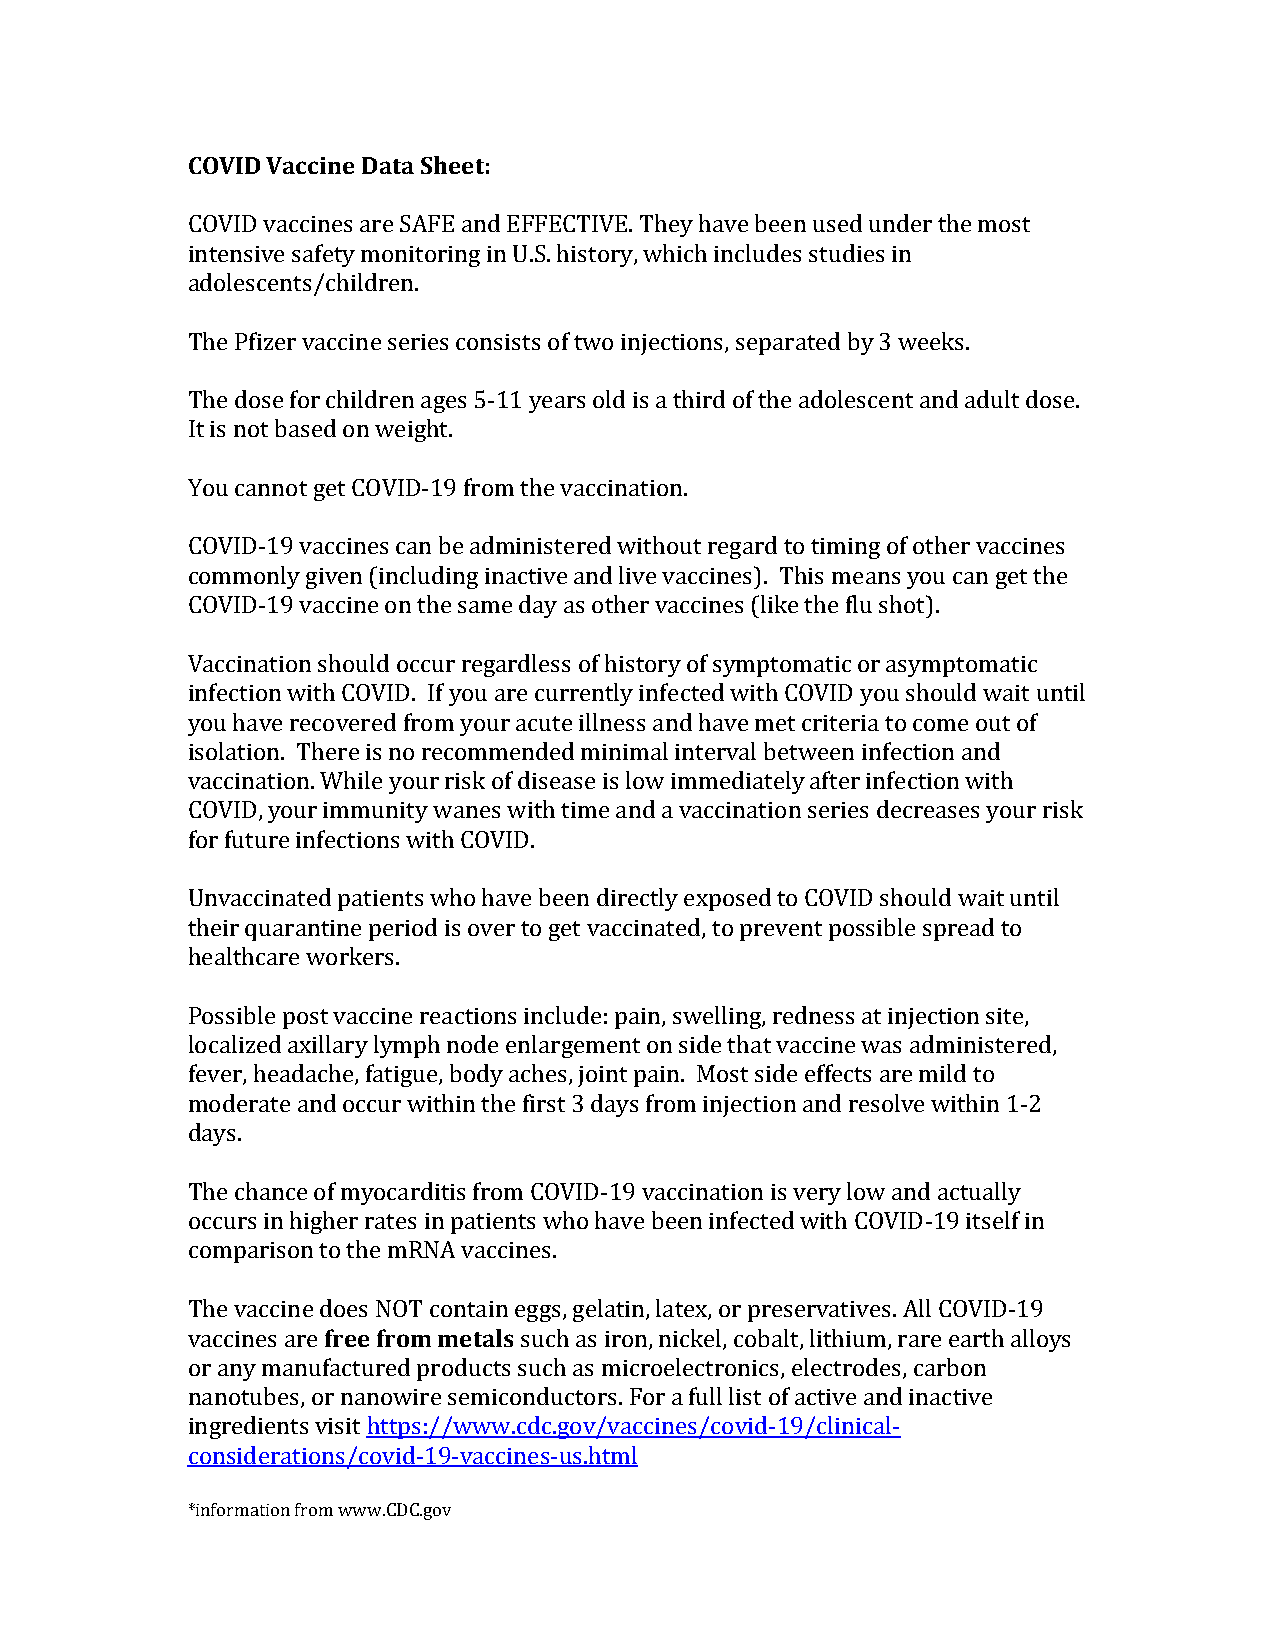
COVID Vaccine Data Sheet:
 COVID vaccines are SAFE and EFFECTIVE. They have been used under the most
 intensive safety monitoring in U.S. history, which includes studies in
 adolescents/children.
 The Pfizer vaccine series consists of two injections, separated by 3 weeks.
 The dose for children ages 5-11 years old is a third of the adolescent and adult dose.
 It is not based on weight.
 You cannot get COVID-19 from the vaccination.
 COVID-19 vaccines can be administered without regard to timing of other vaccines
 commonly given (including inactive and live vaccines). This means you can get the
 COVID-19 vaccine on the same day as other vaccines (like the flu shot).
 Vaccination should occur regardless of history of symptomatic or asymptomatic
 infection with COVID. If you are currently infected with COVID you should wait until
 you have recovered from your acute illness and have met criteria to come out of
 isolation. There is no recommended minimal interval between infection and
 vaccination. While your risk of disease is low immediately after infection with
 COVID, your immunity wanes with time and a vaccination series decreases your risk
 for future infections with COVID.
 Unvaccinated patients who have been directly exposed to COVID should wait until
 their quarantine period is over to get vaccinated, to prevent possible spread to
 healthcare workers.
 Possible post vaccine reactions include: pain, swelling, redness at injection site,
 localized axillary lymph node enlargement on side that vaccine was administered,
 fever, headache, fatigue, body aches, joint pain. Most side effects are mild to
 moderate and occur within the first 3 days from injection and resolve within 1-2
 days.
 The chance of myocarditis from COVID-19 vaccination is very low and actually
 occurs in higher rates in patients who have been infected with COVID-19 itself in
 comparison to the mRNA vaccines.
 The vaccine does NOT contain eggs, gelatin, latex, or preservatives. All COVID-19
 vaccines are free from metals such as iron, nickel, cobalt, lithium, rare earth alloys
 or any manufactured products such as microelectronics, electrodes, carbon
 nanotubes, or nanowire semiconductors. For a full list of active and inactive
 ingredients visit https://www.cdc.gov/vaccines/covid-19/clinical-
 considerations/covid-19-vaccines-us.html
 *information from www.CDC.gov